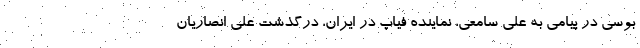
بوسی در پیامی به علی سامعی، نماینده فیاپ در ایران، درگذشت علی انصاریان